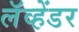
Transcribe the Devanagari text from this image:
लॅव्हेंडर